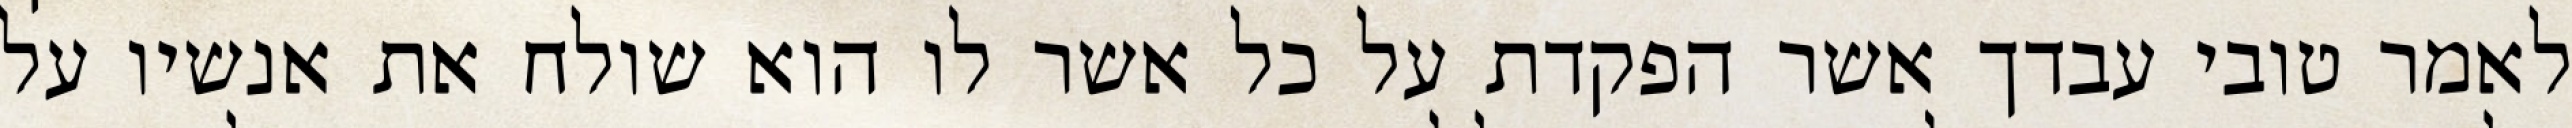
לאמר טובי עבדך אשר הפקדת על כל אשר לו הוא שולח את אנשיו על